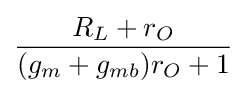
{{R_{L}+r_{O}} \over {(g_{m}+g_{mb})r_{O}+1}}